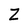
Character: Z